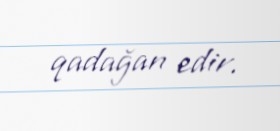
qadağan edir.